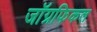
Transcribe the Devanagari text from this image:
जाॅग्रफिकल